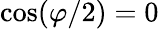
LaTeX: \cos(\varphi/2)=0